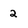
Character: 2